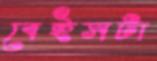
বেইসটা